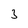
Character: 3